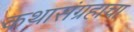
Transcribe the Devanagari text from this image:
कथासंग्रहाचा